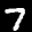
Label: 7